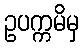
ဥပက္ကမိမှ